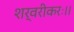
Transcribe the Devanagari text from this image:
शर्वरीकरः।।